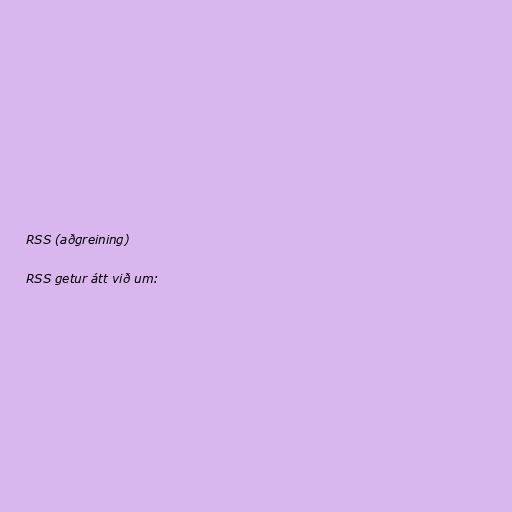
RSS (aðgreining)

RSS getur átt við um: